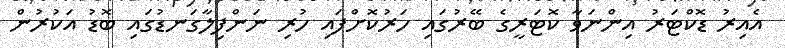
އެއިރު ޑޮކްޓަރު އިންނަވާ ކޮޓަރީގެ ބޭރުގައި ހަރުކޮށްފައި ހުރި ނަންފިލާގަނޑުގައި ބޮޑު އަކުރުން